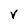
Character: V